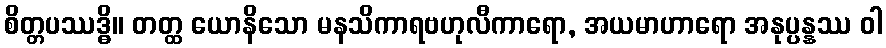
စိတ္တပဿဒ္ဓိ။ တတ္ထ ယောနိသော မနသိကာရဗဟုလီကာရော, အယမာဟာရော အနုပ္ပန္နဿ ဝါ